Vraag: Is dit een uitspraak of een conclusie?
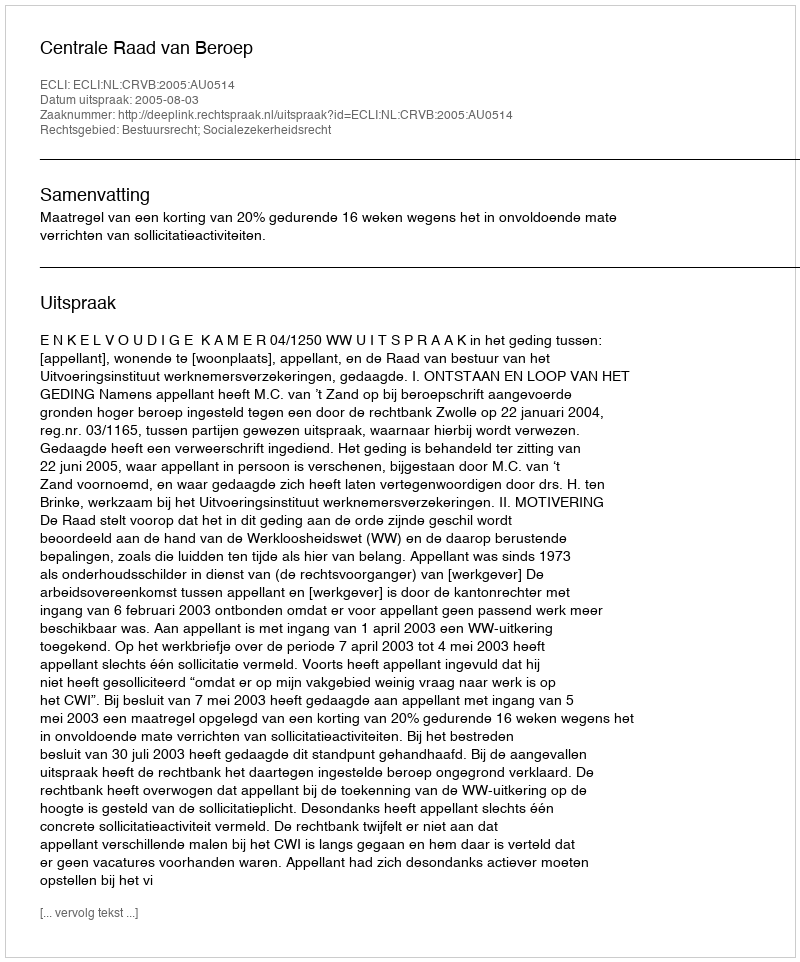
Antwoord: Uitspraak